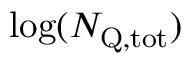
\log ( \ensuremath { N _ { \mathrm { Q , t o t } } } )